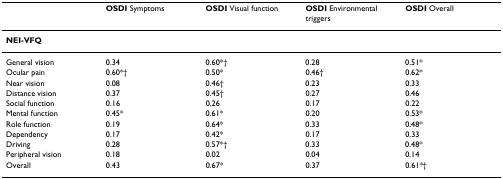
|  | OSDI Symptoms | OSDI Visual function | OSDI Environmental triggers | OSDI Overall |
 | --- | --- | --- | --- | --- |
 | NEI-VFQ |  |  |  |  |
 | General vision | 0.34 | 0.60*† | 0.28 | 0.51* |
 | Ocular pain | 0.60*† | 0.50* | 0.46† | 0.62* |
 | Near vision | 0.08 | 0.46† | 0.23 | 0.33 |
 | Distance vision | 0.37 | 0.45† | 0.27 | 0.46 |
 | Social function | 0.16 | 0.26 | 0.17 | 0.22 |
 | Mental function | 0.45* | 0.61* | 0.20 | 0.53* |
 | Role function | 0.19 | 0.64* | 0.33 | 0.48* |
 | Dependency | 0.17 | 0.42* | 0.17 | 0.33 |
 | Driving | 0.28 | 0.57*† | 0.33 | 0.48* |
 | Peripheral vision | 0.18 | 0.02 | 0.04 | 0.14 |
 | Overall | 0.43 | 0.67* | 0.37 | 0.61*† |